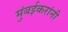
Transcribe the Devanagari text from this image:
मुंबईकरांनी